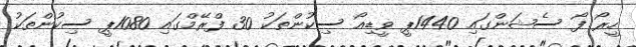
ހީރޯ ފޯ ސެޝަންގައި 1440ޕީ ވީޑިއޯ ސިކުންތަކު 30 ފްރޭމްގައި 1080ޕީ ސިކުންތަކު